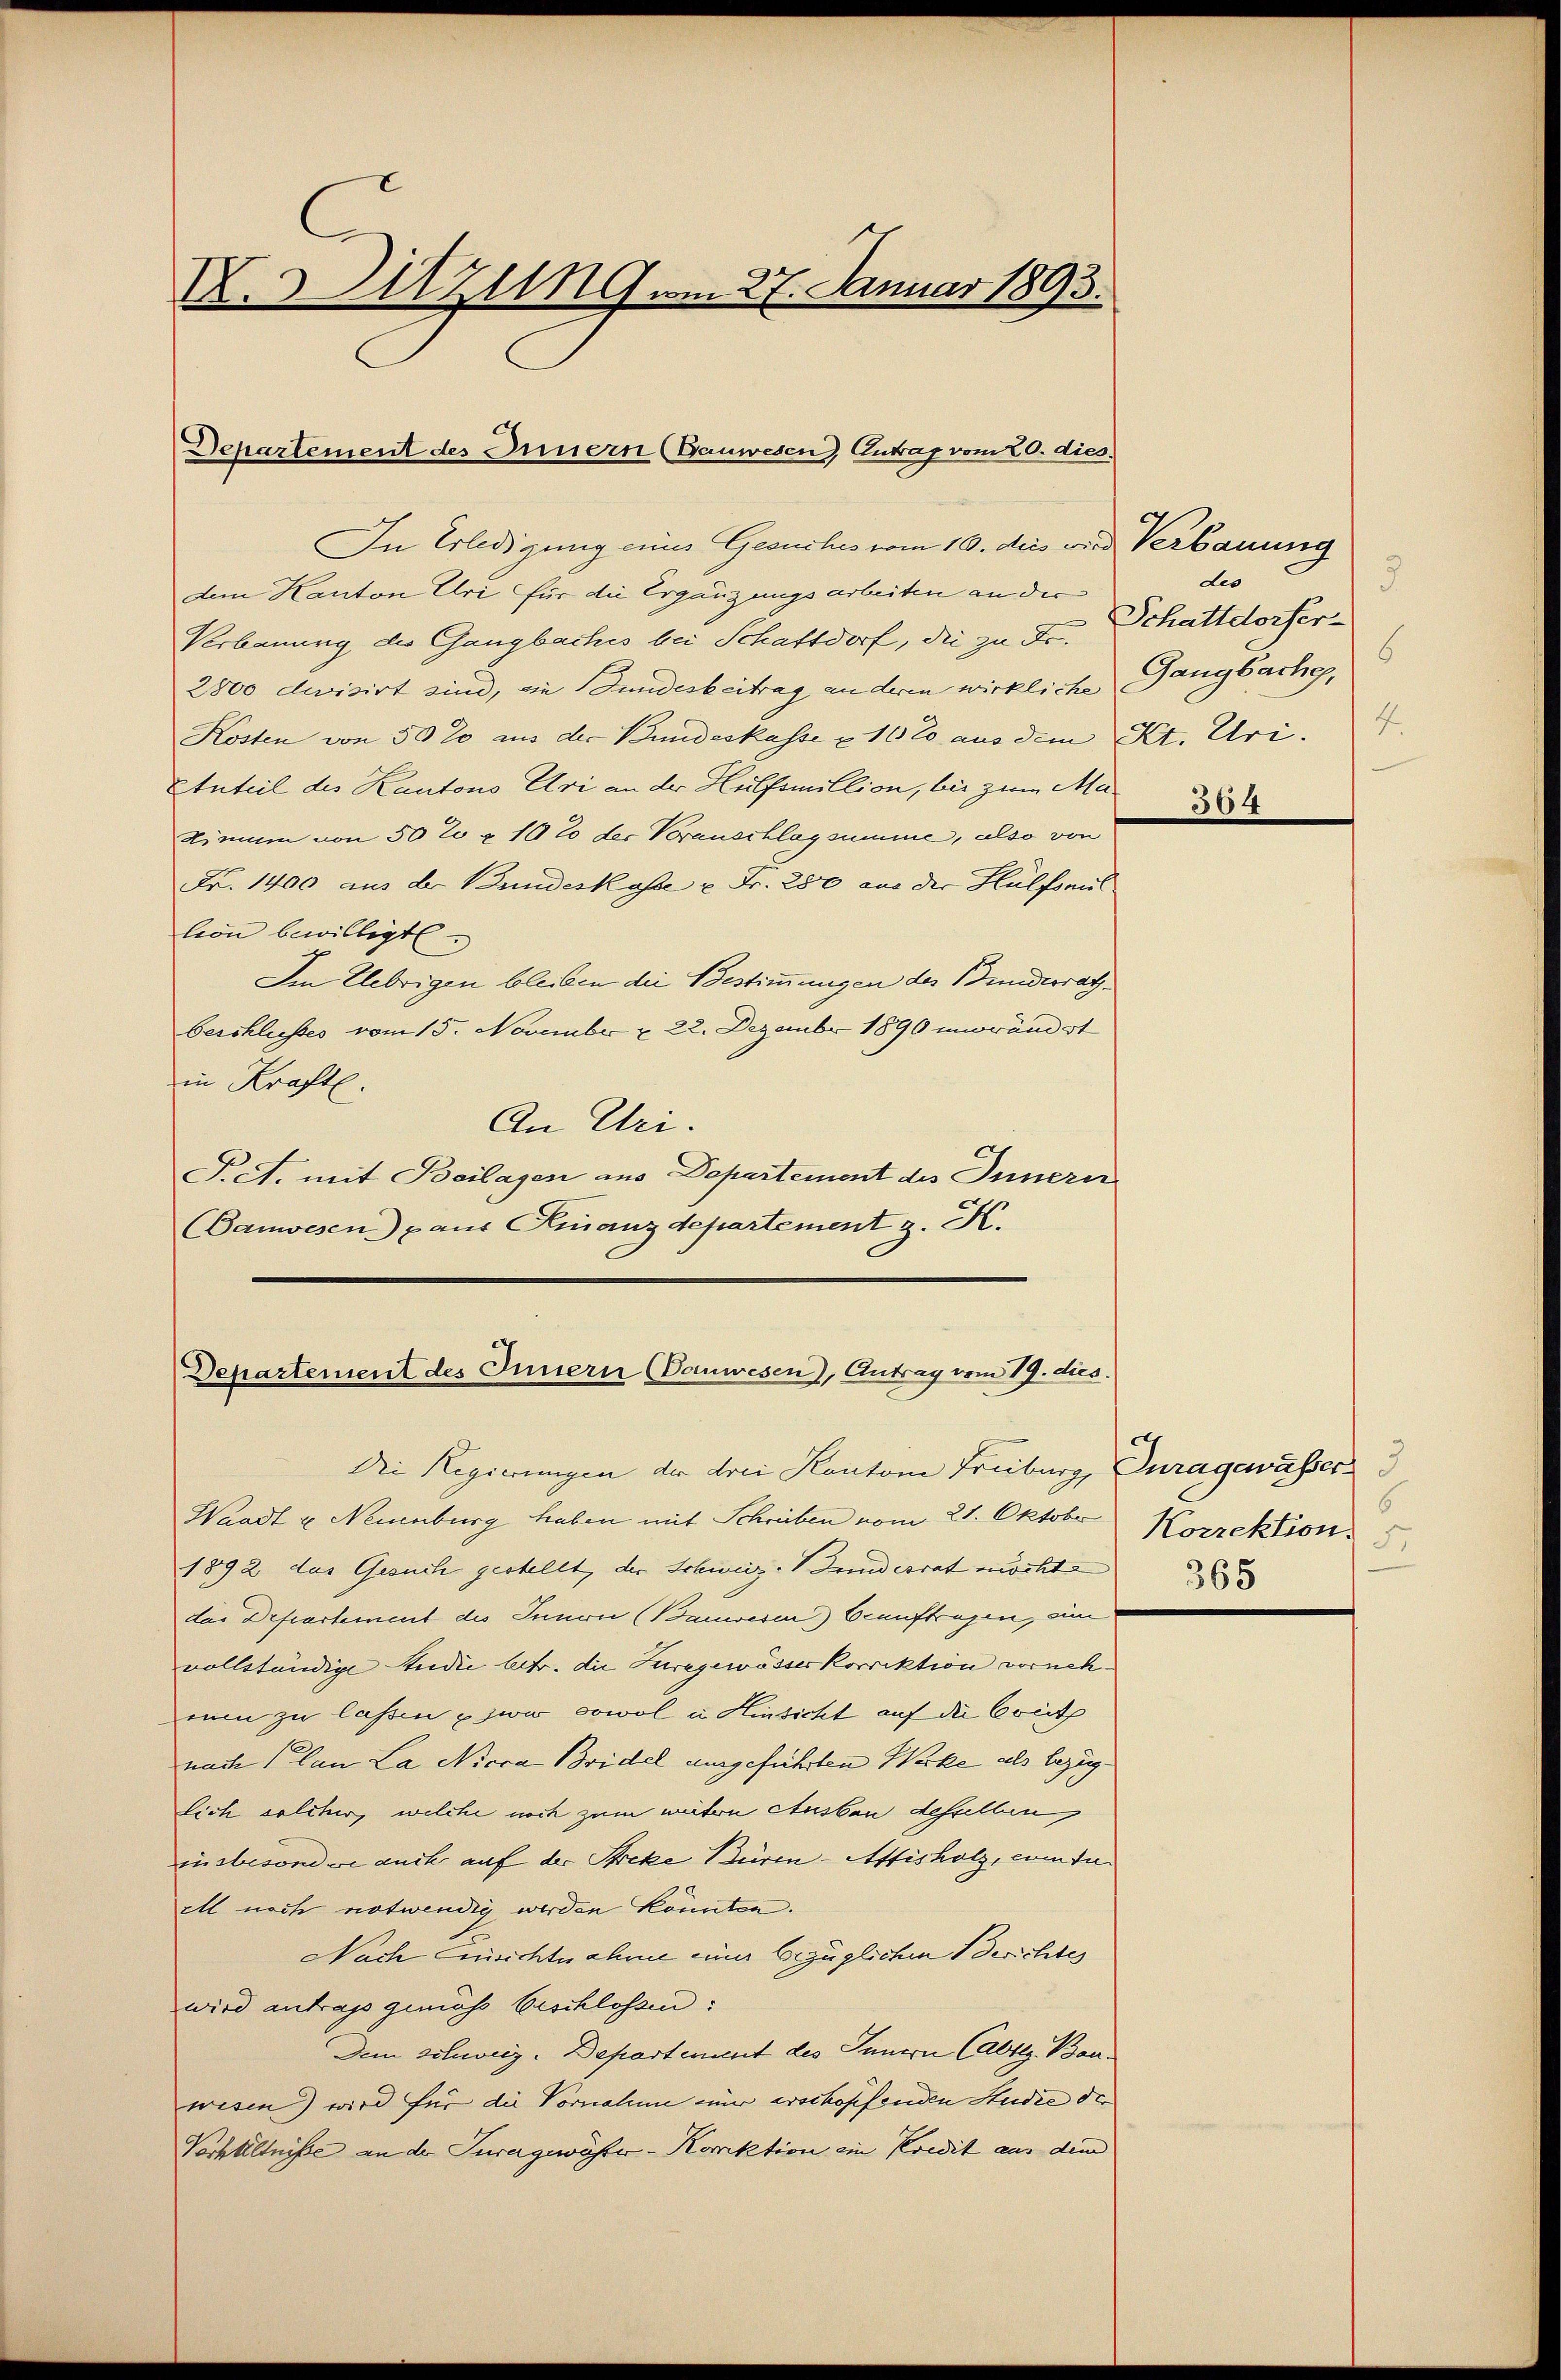
X. Sitzung am 27. Januar 1893.

Departement des Innern (Bauwesen Eintrag/Antrag vom 20. dies

In Erledigung eines Gesuches vom 10. ders wird Verbauung
dem Kanton Uri für die Ergänzungsarbeiten an der
Verbauung des Gangbaches bei Schattdorf, die zu Fr.
2800 decisirt sind, die Fundesbeitrag an deren wirkliche
Kosten von 50 20 aus der Bundeskasse u. 16 t aus dem Kt. Uri.
Anteil des Kantons Uri an der Hülfsmillion, bis zum Ma¬
Nimum von 502 & 10 % der Vorauschlagsumme, also von
Fr. 1400 aus der Bundeskasse u. Fr. 250 aus der Hülfsmil
leon bewilligt
Im Uebrigen bleiben die Bestimmungen des Bundesrat
beschlusses vom 15. November u. 22. Dezember 1890 inrundst
in Kraft.
An Uri.
Pct. mit Beilagen aus Departement des Innerer
(Banwesen) aus Finanzdepartement z. K.

Departement des Innern (Danwesen), Antrag vom 19. dies

Die Regierungen der drei Kantone Freiburg, Duragewasser
Waadt u Neuenburg haben mit Schreiben vom 21. Oktober
1892 das Gesuch gestellt, der Schweiz-Wundesrat möchte
das Defeartement des Innen (Bauwesen) beauftragen, eine
vollständige Studii betr. die Turgewösser Korrektion vornehnun zu lassen wir sowol u. Hinsicht auf die Cout
nach an La Nicca Bridel ausgeführten Werke als bezüglich solcher, welche noch zum weiten Ausbau desselben
insbesondere auch auf der Streke Büren-Attisholz, cum te
ill noch notwendig werden könnten.
Nach Einsichtnahme einer bezüglichen Berichtes
wird antrags gemäss beschlossen:
Dem Schweiz. Departement des Innern Cabtlg. Bauwesen) wird für die Vornahme einer erschopfenden Studie der
Verhältniße an der Turagewährer-Konktion ein Kredit aus dem

des
5
Schattdorfer¬
6
Gangbache,
4

364

6
Korrektion
365